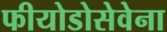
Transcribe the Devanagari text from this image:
फीयोडोसेवेना